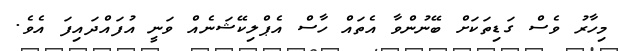
މިހާރު ވެސް ގަޑިތަކަށް ބޭނުންވާ އެތައް ހާސް އެޕްލިކޭޝަނެއް ވަނީ އުފައްދައިފަ އެވެ.